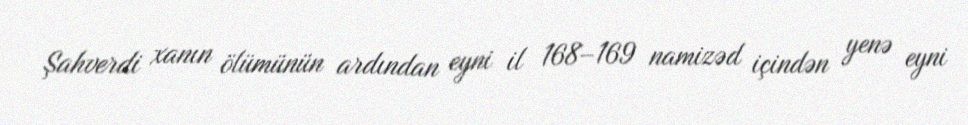
Şahverdi xanın ölümünün ardından eyni il 168–169 namizəd içindən yenə eyni